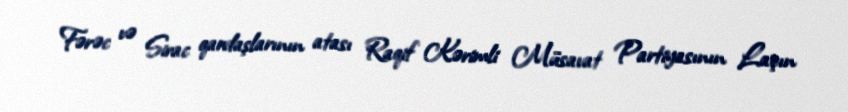
Fərəc və Sirac qardaşlarının atası Raqif Kərimli Müsavat Partiyasının Laçın